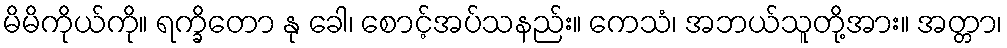
မိမိကိုယ်ကို။ ရက္ခိတော နု ခေါ၊ စောင့်အပ်သနည်း။ ကေသံ၊ အဘယ်သူတို့အား။ အတ္တာ၊